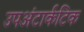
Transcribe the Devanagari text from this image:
उपअंटार्कटिक